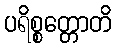
ပရိစ္စတ္တောတိ